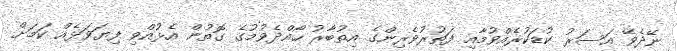
ނޭދެވޭ އަސަރު ކުޑަކުރެއްވުމާއި ފަތުރުވެރިންގެ އިތުބާރު ހޯއްދެވުމުގެ ގޮތުން އެޅުއްވި ފިޔަވަޅެއް ކަމަށް